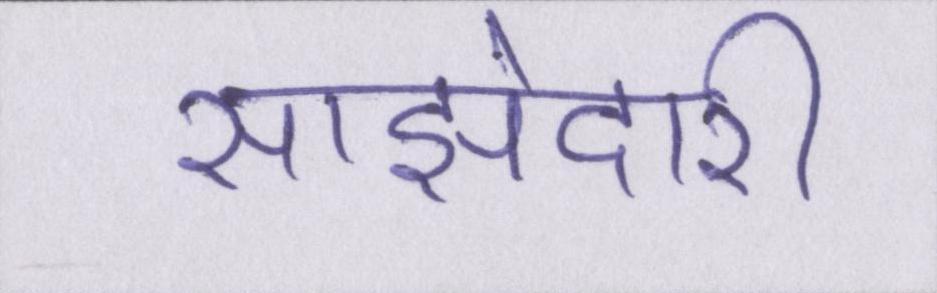
साझेदारी